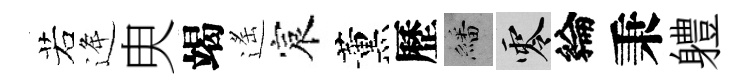
若逄㬰竭遙宸薰歷繙零綸秉軆